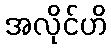
အလိုင်ဟိ